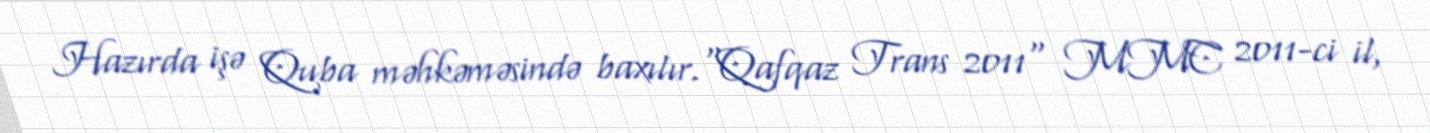
Hazırda işə Quba məhkəməsində baxılır.“Qafqaz Trans 2011" MMC 2011-ci il,